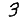
Digit: 3